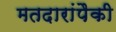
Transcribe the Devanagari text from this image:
मतदारांपैकी